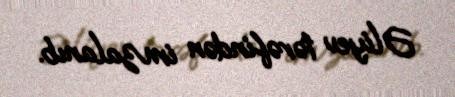
Əliyev tərəfindən imzalanıb.